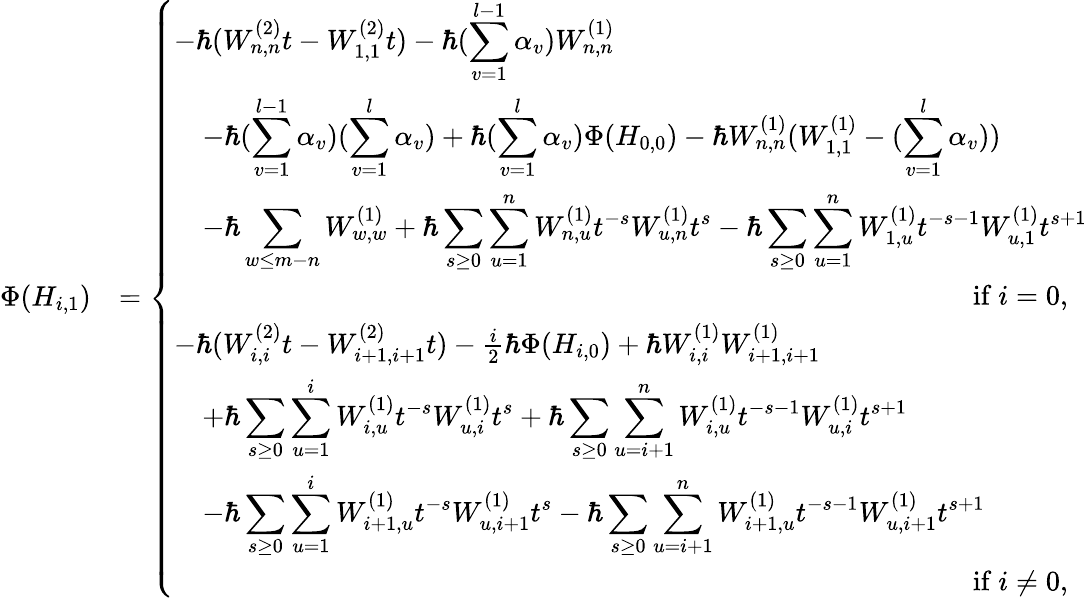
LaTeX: \begin{array}{rl}{\Phi(H_{i,1})}&{=\left\{ \begin{array}{ll}{-\hbar(W_{n,n}^{(2)}t-W_{1,1}^{(2)}t)-\hbar(\displaystyle\sum_{v=1}^{l-1}\alpha_{v})W_{n,n}^{(1)}}\\ {\quad-\hbar(\displaystyle\sum_{v=1}^{l-1}\alpha_{v})(\displaystyle\sum_{v=1}^{l}\alpha_{v})+\hbar(\displaystyle\sum_{v=1}^{l}\alpha_{v})\Phi(H_{0,0})-\hbar W_{n,n}^{(1)}(W_{1,1}^{(1)}-(\displaystyle\sum_{v=1}^{l}\alpha_{v}))}\\ {\quad-\hbar\displaystyle\sum_{w\leq m-n}W_{w,w}^{(1)}+\hbar\displaystyle\sum_{s\geq 0}\displaystyle\sum_{u=1}^{n}W_{n,u}^{(1)}t^{-s}W_{u,n}^{(1)}t^{s}-\hbar\displaystyle\sum_{s\geq 0}\displaystyle\sum_{u=1}^{n}W_{1,u}^{(1)}t^{-s-1}W_{u,1}^{(1)}t^{s+1}}\\ {\qquad\qquad\qquad\qquad\qquad\qquad\qquad\qquad\qquad\qquad\qquad\qquad\qquad\qquad\mathrm{~if~}i=0,}\\ {-\hbar(W_{i,i}^{(2)}t-W_{i+1,i+1}^{(2)}t)-\frac{i}{2}\hbar\Phi(H_{i,0})+\hbar W_{i,i}^{(1)}W_{i+1,i+1}^{(1)}}\\ {\quad+\hbar\displaystyle\sum_{s\geq 0}\displaystyle\sum_{u=1}^{i}W_{i,u}^{(1)}t^{-s}W_{u,i}^{(1)}t^{s}+\hbar\displaystyle\sum_{s\geq 0}\displaystyle\sum_{u=i+1}^{n}W_{i,u}^{(1)}t^{-s-1}W_{u,i}^{(1)}t^{s+1}}\\ {\quad-\hbar\displaystyle\sum_{s\geq 0}\displaystyle\sum_{u=1}^{i}W_{i+1,u}^{(1)}t^{-s}W_{u,i+1}^{(1)}t^{s}-\hbar\displaystyle\sum_{s\geq 0}\displaystyle\sum_{u=i+1}^{n}W_{i+1,u}^{(1)}t^{-s-1}W_{u,i+1}^{(1)}t^{s+1}}\\ {\qquad\qquad\qquad\qquad\qquad\qquad\qquad\qquad\qquad\qquad\qquad\qquad\qquad\qquad\mathrm{~if~}i\neq 0,}\end{array}\right.}\end{array}